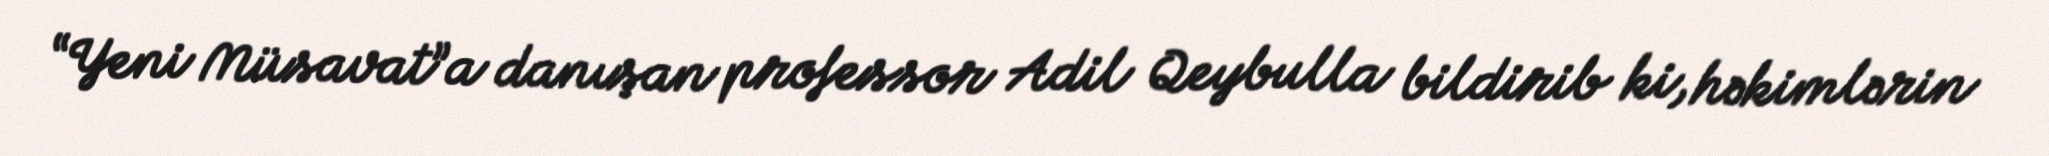
“Yeni Müsavat”a danışan professor Adil Qeybulla bildirib ki, həkimlərin